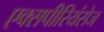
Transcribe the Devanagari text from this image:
एक्‍सपीरियंसेज